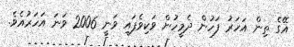
އޭގެ ތިން އަހަރު ފަހުން ދެމީހުން ވަކިވެފައި ވަނީ 2006 ވަނަ އަހަރުއެވެ.